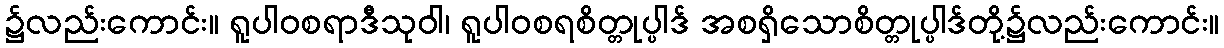
၌လည်းကောင်း။ ရူပါဝစရာဒီသုဝါ၊ ရူပါဝစရစိတ္တုပ္ပါဒ် အစရှိသောစိတ္တုပ္ပါဒ်တို့၌လည်းကောင်း။